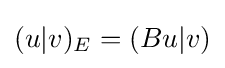
(u|v)_{E}=(Bu|v)